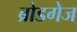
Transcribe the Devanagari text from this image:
ब्रोडगेज